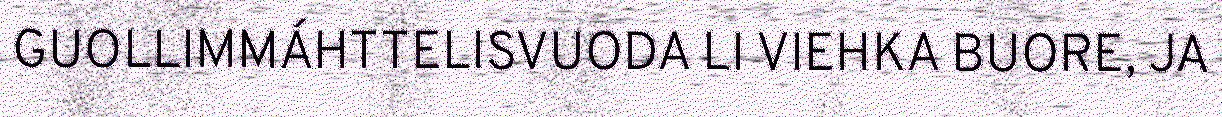
GUOLLIMMÁHTTELISVUODA LI VIEHKA BUORE, JA